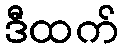
ဒီထက်